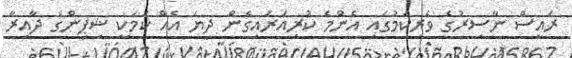
ރައީސް ނާސިރުގެ ވެރިިކަމުގައި އެންމެ ކުރިއަރައިގެން ދިޔަ އެއް ކަމަކީ ޝިޕިންގެ ދާއިރާ